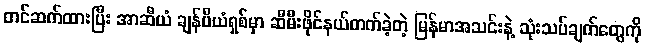
တင်ဆက်ထားပြီး အာဆီယံ ချန်ပီယံရှစ်မှာ ဆီမီးဖိုင်နယ်တက်ခဲ့တဲ့ မြန်မာအသင်းနဲ့ သုံးသပ်ချက်တွေကို